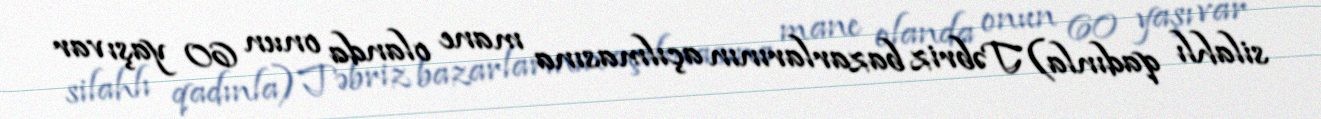
silahlı qadınla) Təbriz bazarlarının açılmasına mane olanda onun 60 yaşı var